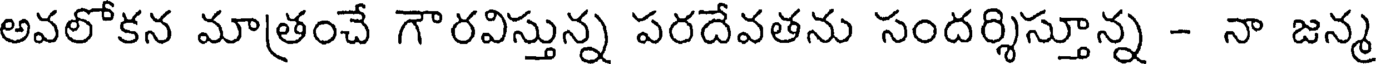
అవలోకన మాత్రంచే గౌరవిస్తున్న పరదేవతను సందర్శిస్తూన్న - నా జన్మ